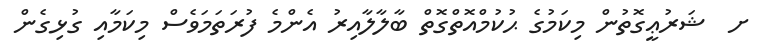
ށ  ޝަރުޢީގޮތުން މިކަމުގެ ޙުކުމްއޮތްގޮތް ބާލާލާއިރު އެންމެ ފުރަތަމަވެސް މިކަމާއި ގުޅިގެން